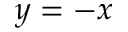
y = - x